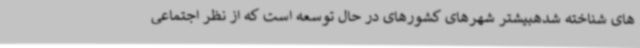
های شناخته شدهبیشتر شهرهای کشورهای در حال توسعه است که از نظر اجتماعی